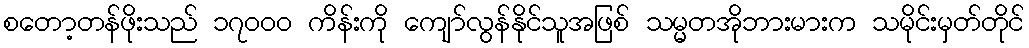
စတော့တန်ဖိုးသည် ၁၇၀၀၀ ကိန်းကို ကျော်လွန်နိုင်သူအဖြစ် သမ္မတအိုဘားမားက သမိုင်းမှတ်တိုင်